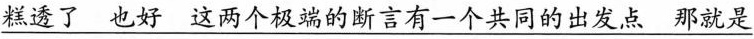
\underline{糕透了也好这两个极端的断言有一个共同的出发点那就是}